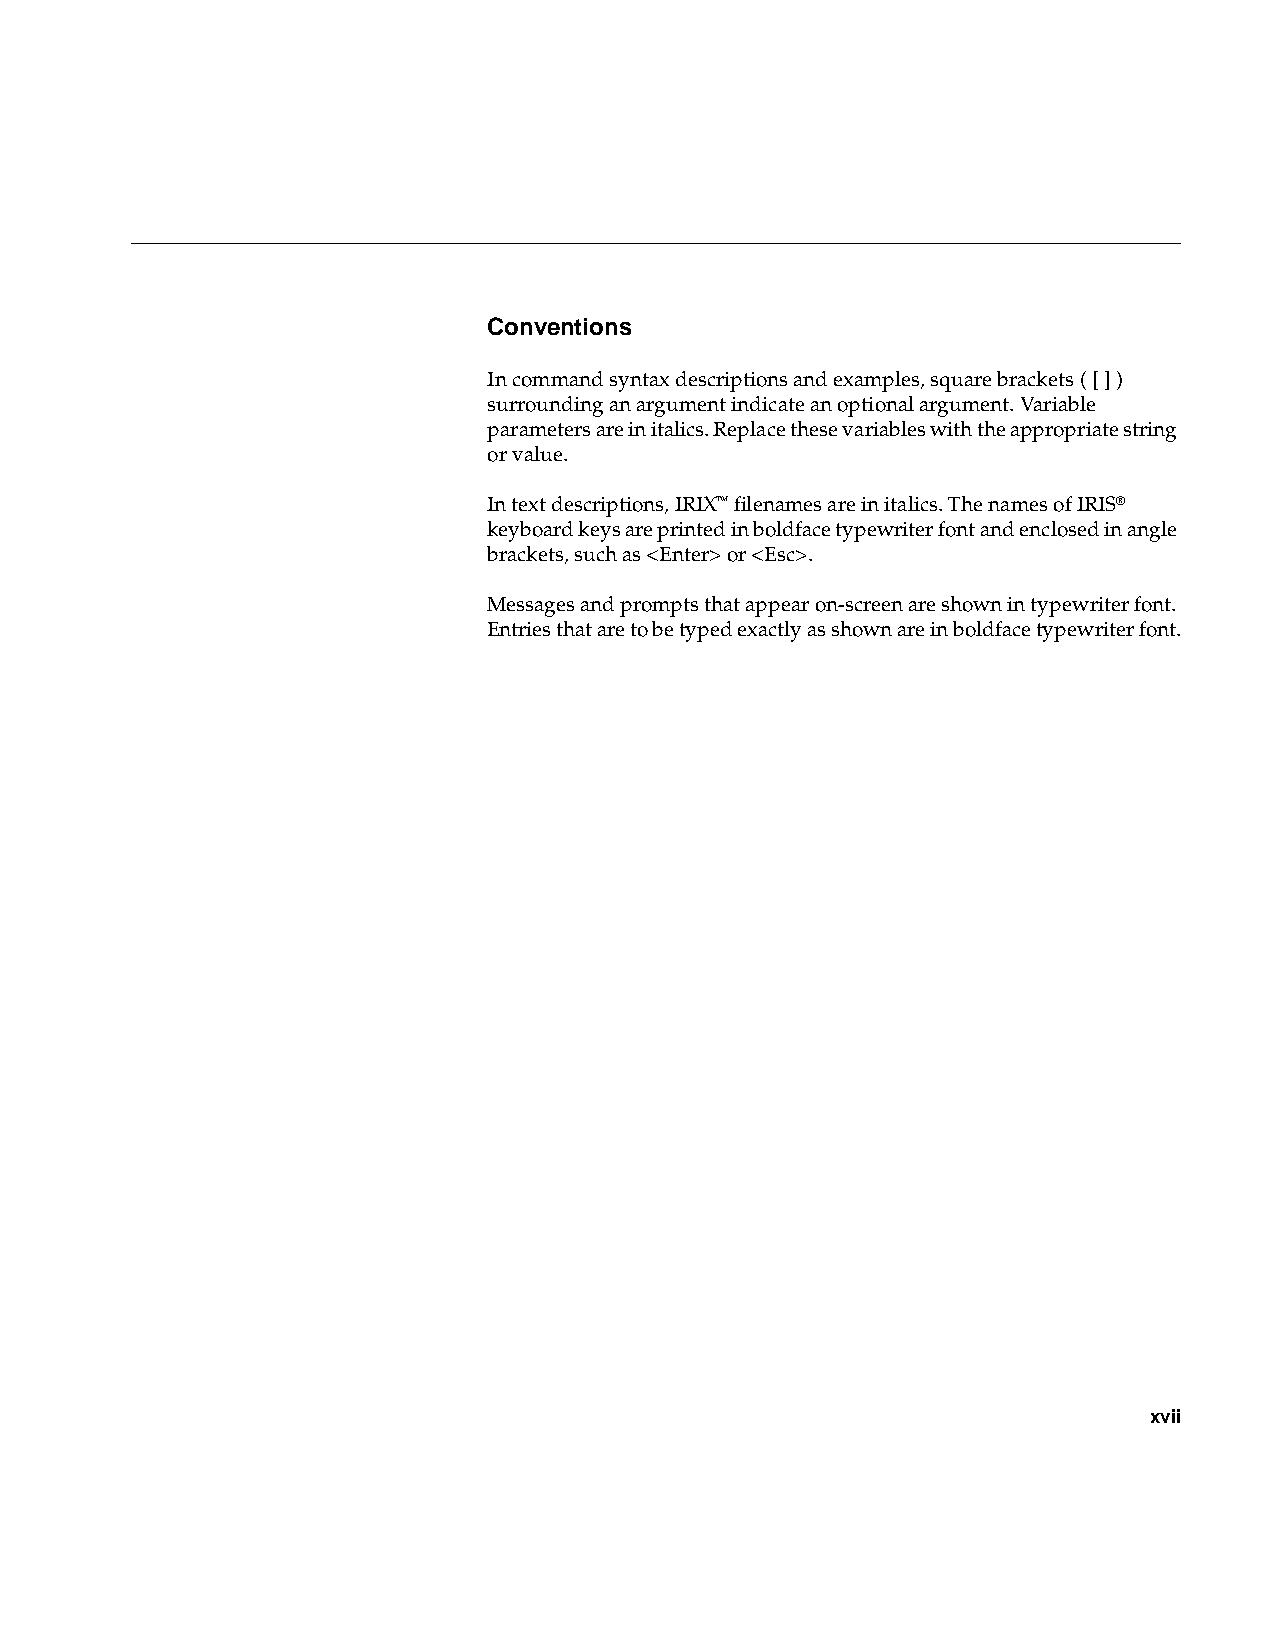
Conventions
 In command syntax descriptions and examples, square brackets ( [ ] )
 surrounding an argument indicate an optional argument. Variable
 parameters are in italics. Replace these variables with the appropriate string
 or value.
 In text descriptions, IRIX™ filenames are in italics. The names of IRIS®
 keyboard keys are printed in boldface typewriter font and enclosed in angle
 brackets, such as <Enter> or <Esc>.
 Messages and prompts that appear on-screen are shown in typewriter font.
 Entries that are to be typed exactly as shown are in boldface typewriter font.
 xvii